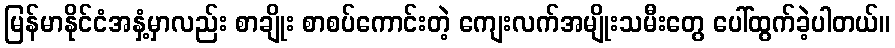
မြန်မာနိုင်ငံအနှံ့မှာလည်း စာချိုး စာစပ်ကောင်းတဲ့ ကျေးလက်အမျိုးသမီးတွေ ပေါ်ထွက်ခဲ့ပါတယ်။